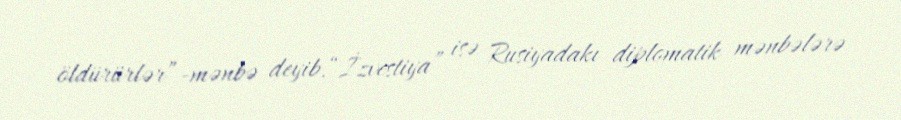
öldürürlər”-mənbə deyib.“İzvestiya” isə Rusiyadakı diplomatik mənbələrə